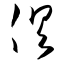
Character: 倶